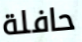
حافلة